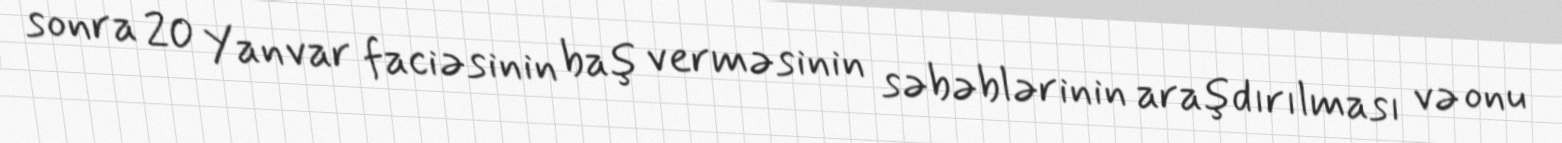
sonra 20 Yanvar faciəsinin baş verməsinin səbəblərinin araşdırılması və onu